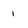
Character: i